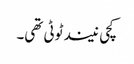
کچی نیند ٹوٹی تھی۔